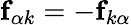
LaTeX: \textbf{f}_{\alpha k}=-\textbf{f}_{k\alpha}